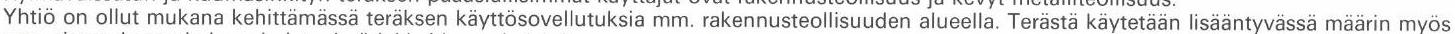
Yhtiö on ollut mukana kehittämässä teräksen käyttösovellutuksia mm. rakennusteollisuuden alueella. Terästä käytetään lisääntyvässä määrin myös